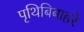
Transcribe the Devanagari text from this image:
पृथिबिबाहरे